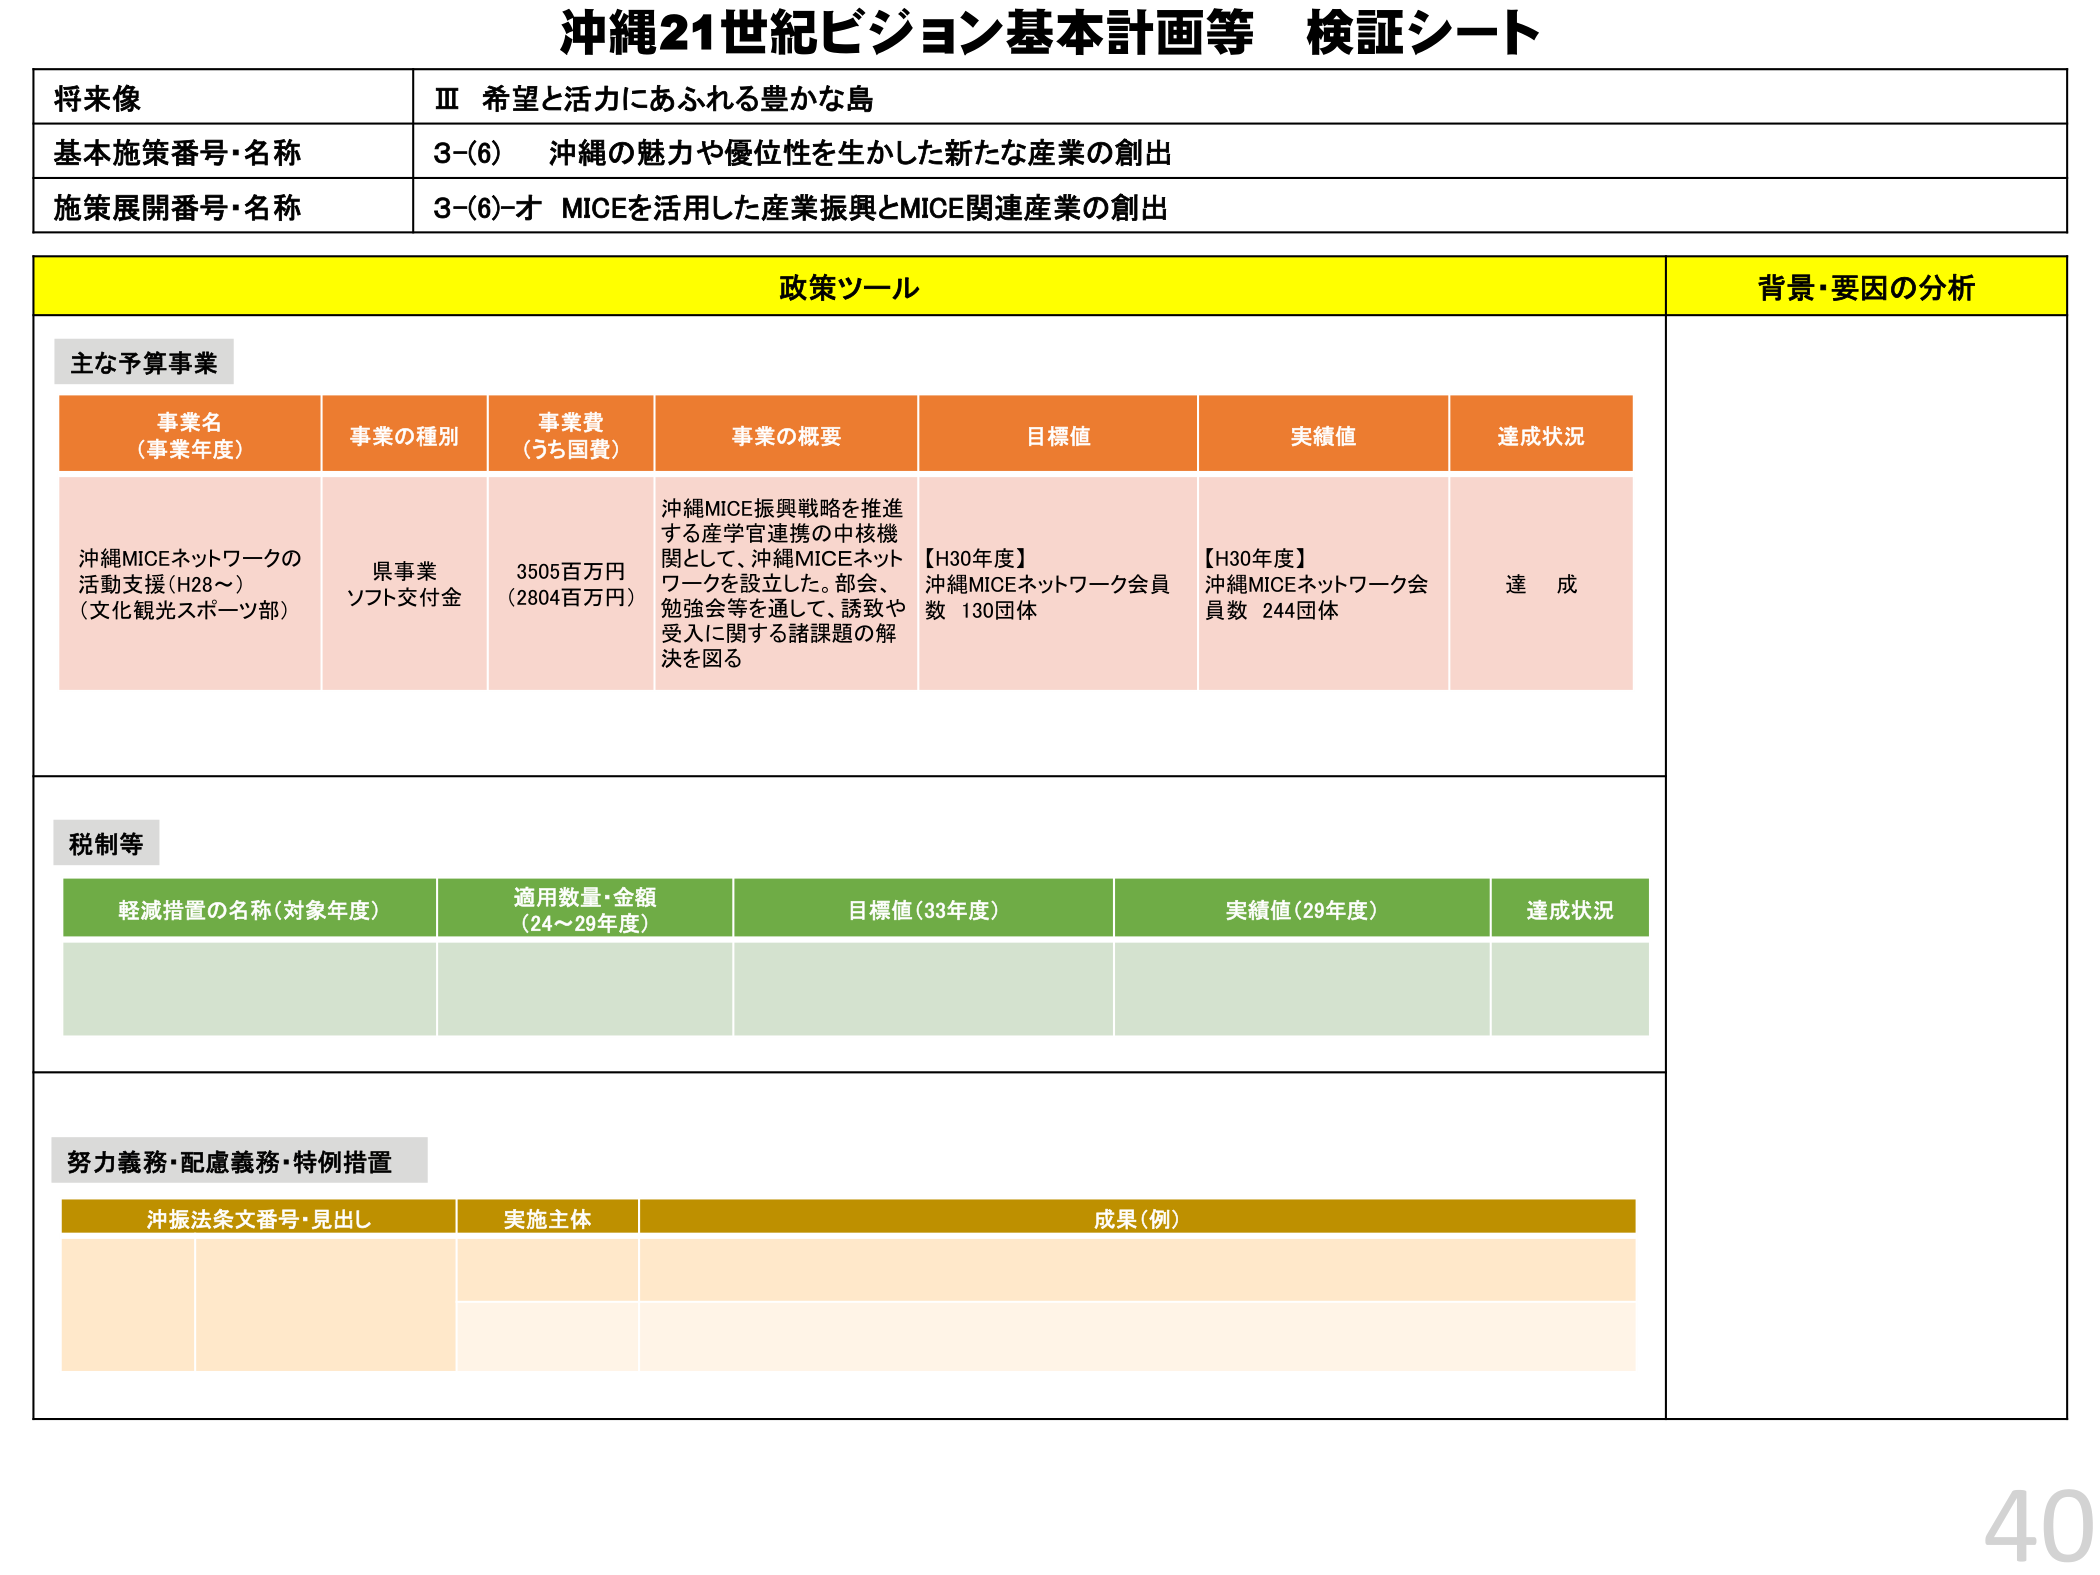
沖縄21世紀ビジョン基本計画等 検証シート

将来像
Ⅲ 希望と活力にあふれる豊かな島

基本施策番号・名称
3-(6) 沖縄の魅力や優位性を生かした新たな産業の創出

施策展開番号・名称
3-(6)-オ MICEを活用した産業振興とMICE関連産業の創出

政策ツール
背景・要因の分析

主な予算事業

事業名（事業年度）
事業の種別
事業費（うち国費）
事業の概要
目標値
実績値
達成状況

沖縄MICEネットワークの活動支援（H28～）（文化観光スポーツ部）
県事業
ソフト交付金
3505百万円（2804百万円）
沖縄MICE振興戦略を推進する産学官連携の中核機関として、沖縄MICEネットワークを設立した。部会、勉強会等を通して、誘致や受入に関する諸課題の解決を図る
【H30年度】沖縄MICEネットワーク会員数 130団体
【H30年度】沖縄MICEネットワーク会員数 244団体
達成

税制等

軽減措置の名称（対象年度）
適用数量・金額（24～29年度）
目標値（33年度）
実績値（29年度）
達成状況

努力義務・配慮義務・特例措置

沖振法条文番号・見出し
実施主体
成果（例）

40